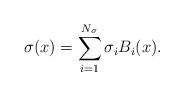
LaTeX: \begin{align*}\sigma(x) = \sum_{i = 1}^{N_\sigma}\sigma_i B_{i}(x).\end{align*}